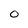
Character: O